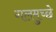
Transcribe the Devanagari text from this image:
गलमुच्छे